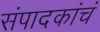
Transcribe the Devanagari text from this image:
संपादकांचं